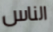
الناس